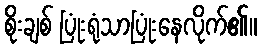
စိုးချစ် ပြုံးရုံသာပြုံးနေလိုက်၏။